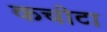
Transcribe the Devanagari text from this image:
कचोटा